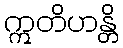
ဣတိဟန္တိ